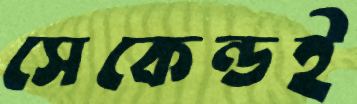
সেকেন্ডই